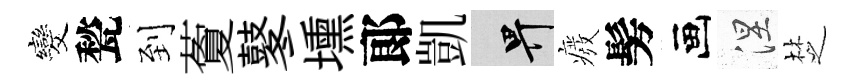
发甃到藑鼕壎郞凱畀癈髣画涅椘